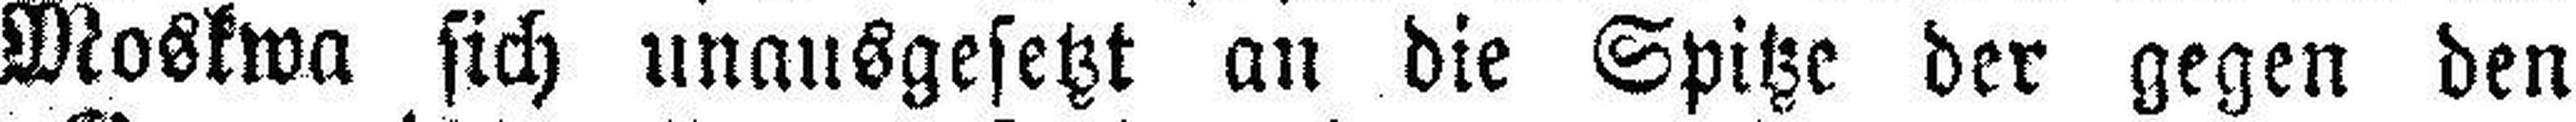
Moskwa sich unausgesetzt an die Spitze der gegen den